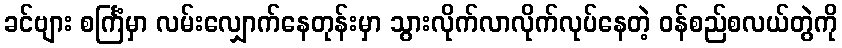
ခင်ဗျား စင်္ကြံမှာ လမ်းလျှောက်နေတုန်းမှာ သွားလိုက်လာလိုက်လုပ်နေတဲ့ ဝန်စည်စလယ်တွဲကို